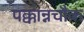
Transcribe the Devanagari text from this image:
पक्कान्नचौक